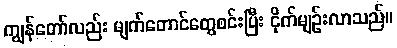
ကျွန်တော်လည်း မျက်တောင်တွေစင်းပြီး ငိုက်မျဉ်းလာသည်။